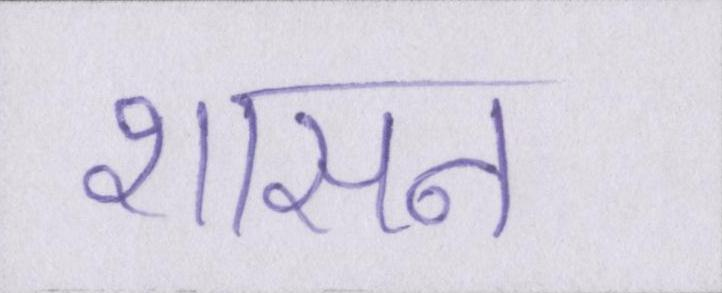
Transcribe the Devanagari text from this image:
शासन